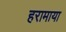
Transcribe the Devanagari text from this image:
हरामाया